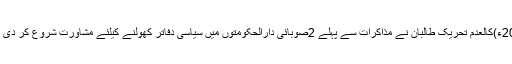
2014ء)کالعدم تحریک طالبان نے مذاکرات سے پہلے 2صوبائی دارالحکومتوں میں سیاسی دفاتر کھولنے کیلئے مشاورت شروع کر دی ہے ۔